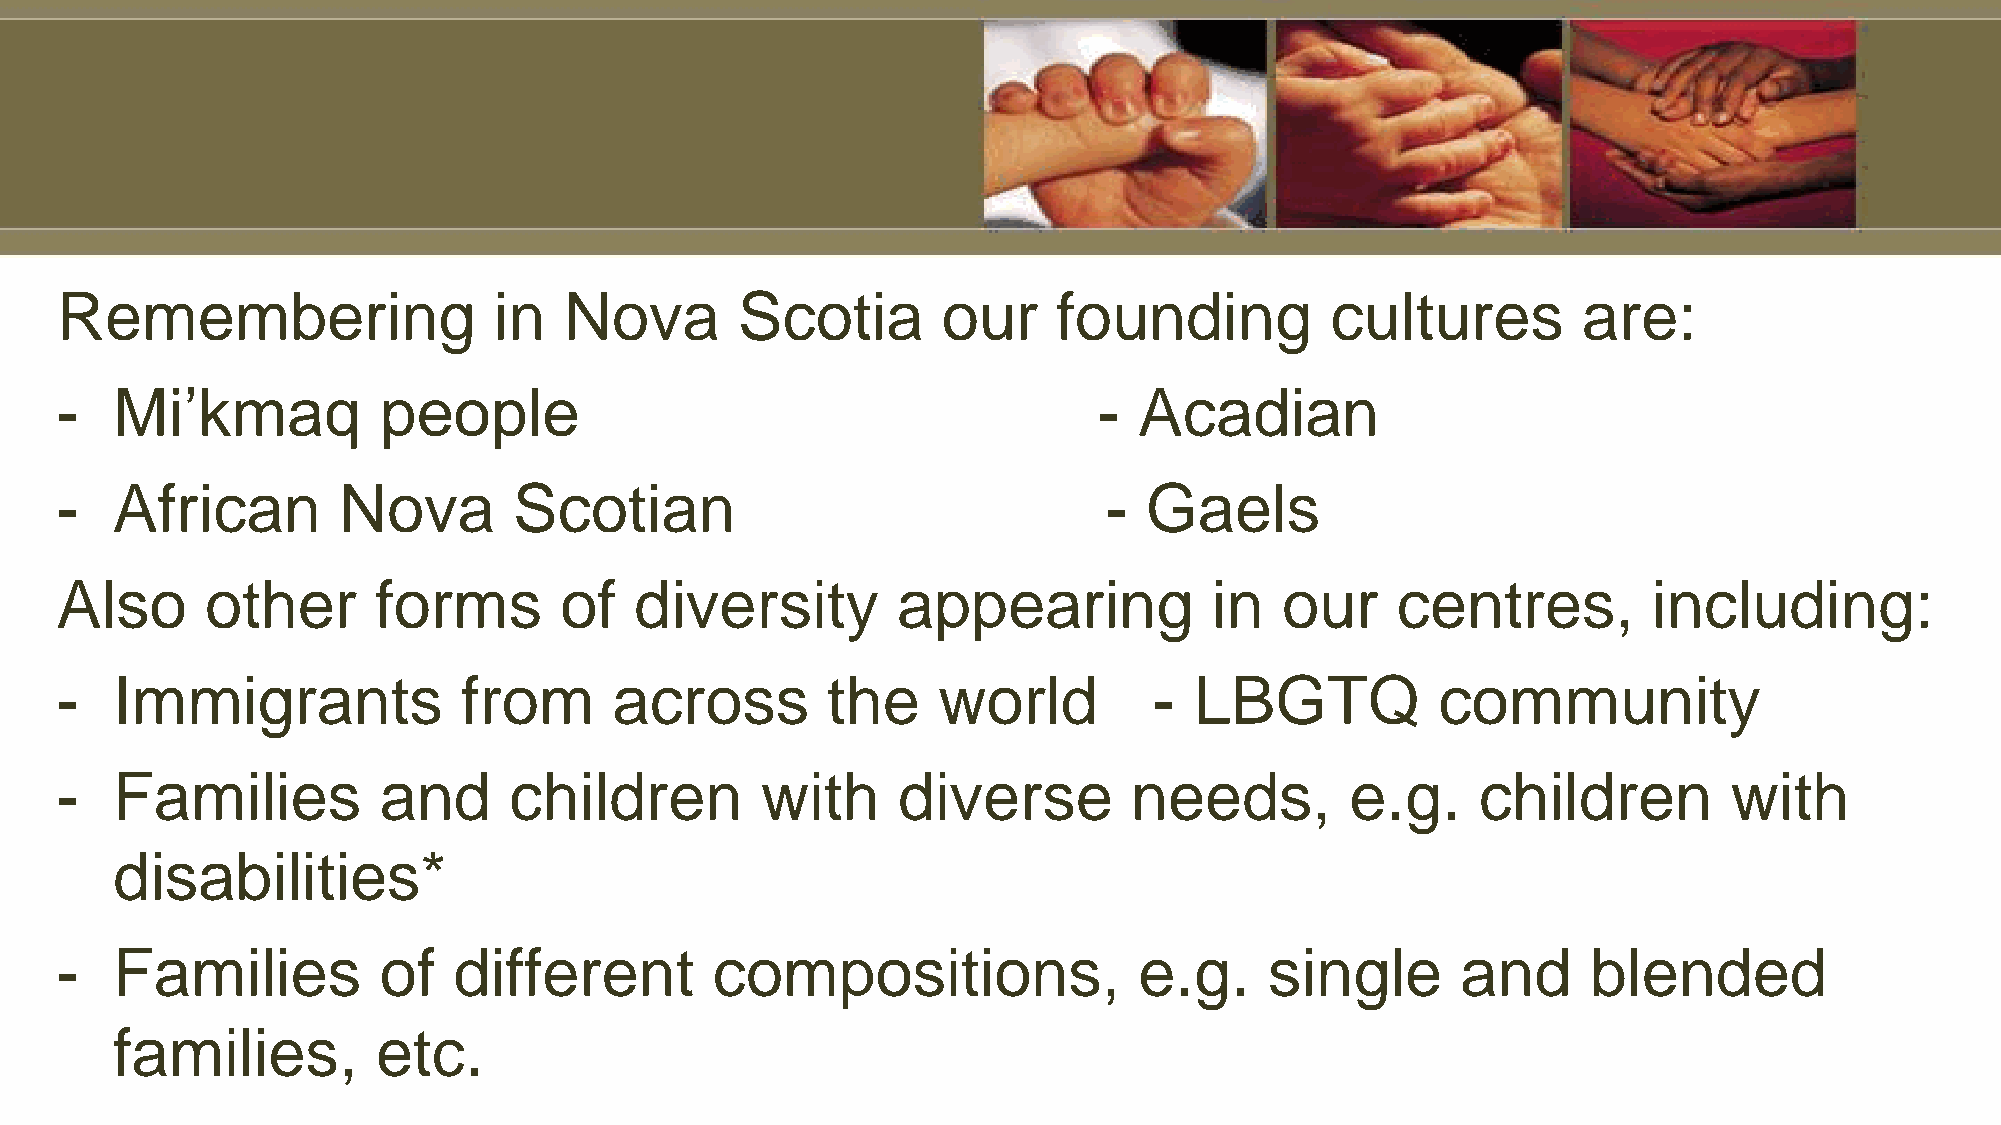
Remembering                  in  Nova        Scotia       our     founding          cultures         are:
 -  Mi’kmaq           people                                          - Acadian
 -  African        Nova        Scotian                                -  Gaels
 Also      other      forms       of   diversity        appearing            in   our    centres,         including:
 -  Immigrants              from      across        the    world         -  LBGTQ           community
 -  Families          and      children        with     diverse         needs,        e.g.     children         with
 disabilities*
 -  Families          of   different        compositions,               e.g.     single       and     blended
 families,         etc.